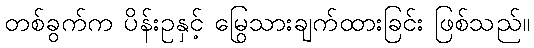
တစ်ခွက်က ပိန်းဥနှင့် မြွေသားချက်ထားခြင်း ဖြစ်သည်။